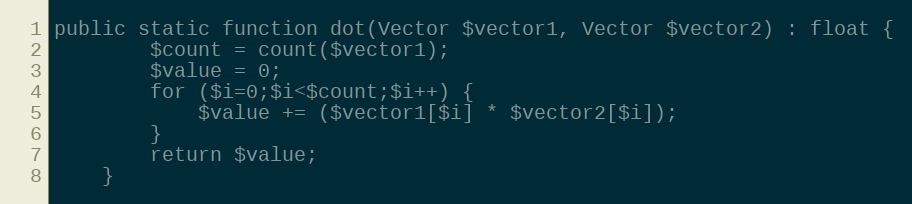
Language: PHP
public static function dot(Vector $vector1, Vector $vector2) : float {
        $count = count($vector1);
        $value = 0;
        for ($i=0;$i<$count;$i++) {
            $value += ($vector1[$i] * $vector2[$i]);
        }
        return $value;
    }